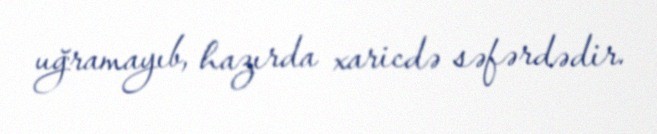
uğramayıb, hazırda xaricdə səfərdədir.